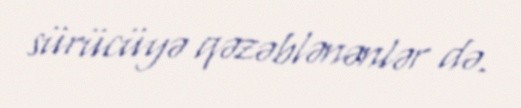
sürücüyə qəzəblənənlər də.